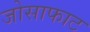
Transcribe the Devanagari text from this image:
जोसाफाट